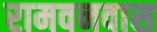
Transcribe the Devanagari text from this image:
रामवनवास